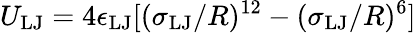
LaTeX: U_{\mathrm{LJ}}=4\epsilon_{\mathrm{LJ}}[(\sigma_{\mathrm{LJ}}/R)^{12}-(\sigma_{\mathrm{LJ}}/R)^{6}]